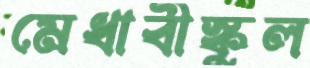
মেধাবীস্কুল